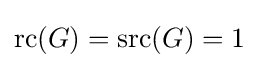
{\text{rc}}(G)={\text{src}}(G)=1